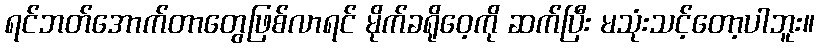
ရင်ဘတ်အောက်တာတွေဖြစ်လာရင် မိုက်ခရိုဝေ့ကို ဆက်ပြီး မသုံးသင့်တော့ပါဘူး။